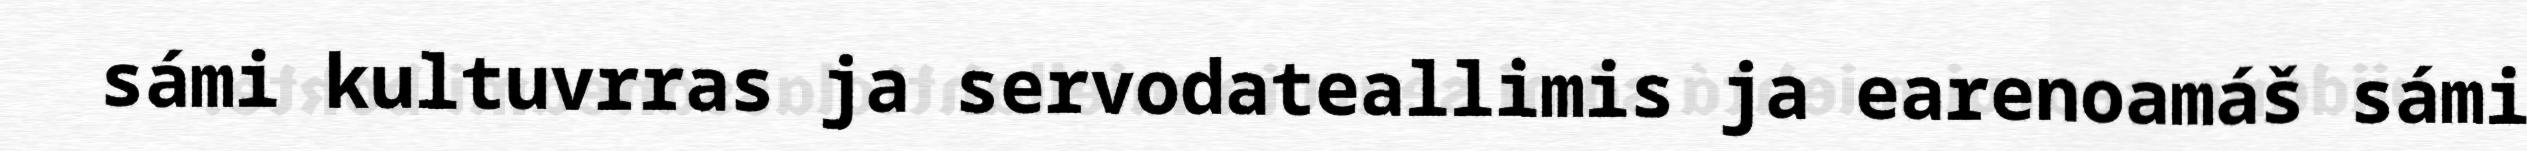
sámi kultuvrras ja servodateallimis ja earenoamáš sámi